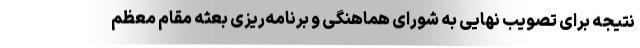
نتیجه برای تصویب نهایی به شورای هماهنگی و برنامه‌ریزی بعثه مقام معظم